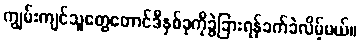
ကျွမ်းကျင်သူတွေတောင်ဒီနှစ်ခုကိုခွဲခြားရန်ခက်ခဲလိမ့်မယ်။